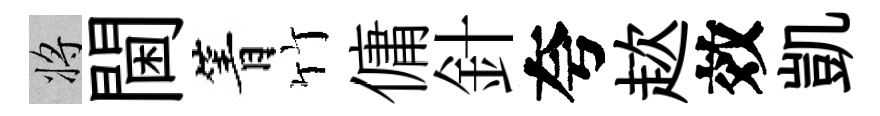
將閫箐竹傭針夸趑效凱